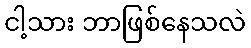
ငါ့သား ဘာဖြစ်နေသလဲ